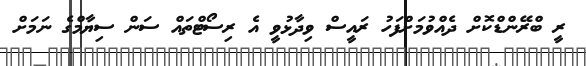
ރީ ބްރޭންޑްކޮށް ދެއްވުމަށްފަހު ރައީސް ވިދާޅުވީ އެ ރިސޯޓްތައް ސަން ސިޔާމްގެ ނަމަށް